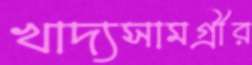
খাদ্যসামগ্রীর